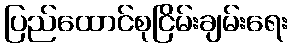
ပြည်ထောင်စုငြိမ်းချမ်းရေး